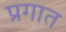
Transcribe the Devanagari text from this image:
प्रगात